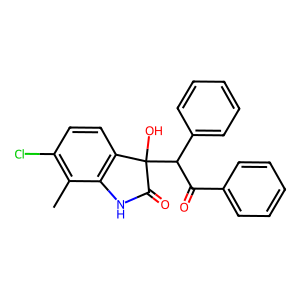
SMILES: Cc1c(Cl)ccc2c1NC(=O)C2(O)C(C(=O)c1ccccc1)c1ccccc1
Inhibits HIV replication: No